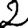
Digit: 2